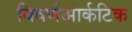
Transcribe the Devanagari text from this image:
विवर्णआर्कटिक